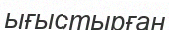
ығыстырған